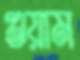
গুয়াম